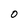
Character: O